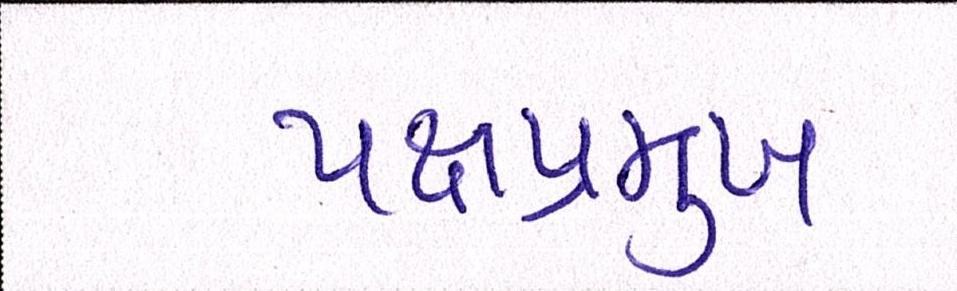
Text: પક્ષપ્રમુખ